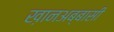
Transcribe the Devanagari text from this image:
ख़ानअब्बासी